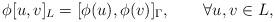
LaTeX: \begin{align*} \phi[u,v]_L=[\phi(u),\phi(v)]_\Gamma,\qquad\forall u,v\in L,\end{align*}